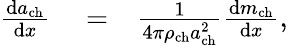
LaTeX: \begin{array}{rlr}{\frac{\mathrm{d}a_{\mathrm{ch}}}{\mathrm{d}x}}&{{}=}&{\frac{1}{4\pi\rho_{\mathrm{ch}}a_{\mathrm{ch}}^{2}}\frac{\mathrm{d}m_{\mathrm{ch}}}{\mathrm{d}x},}\end{array}